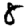
Digit: 8